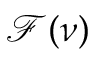
\mathcal { F } ( \nu )